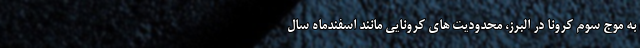
به موج سوم کرونا در البرز، محدودیت های کرونایی مانند اسفندماه سال